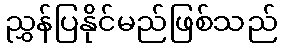
ညွှန်ပြနိုင်မည်ဖြစ်သည်